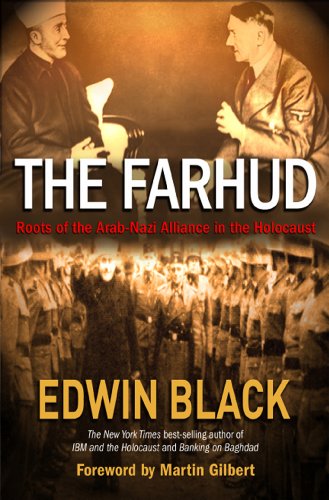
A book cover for The Farhud: Roots of the Arab-Nazi Alliance in the Holocaust; Edwin Black; History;